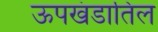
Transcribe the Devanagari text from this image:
ऊपखंडातिल